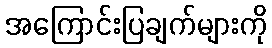
အကြောင်းပြချက်များကို